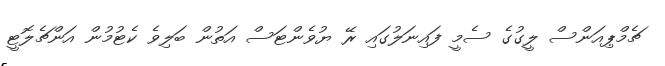
ޗެމްޕިއަންސް ލީގުގެ ސެމީ ފައިނަލުގައި ރޭ ޔުވެންޓަސް އަތުން ބަލިވެ ކެޓުމުން އަންޗެލޮޓީ